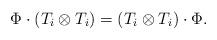
LaTeX: \begin{align*}\Phi\cdot(T_i\otimes T_i)=(T_i\otimes T_i)\cdot\Phi.\end{align*}